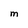
Character: M